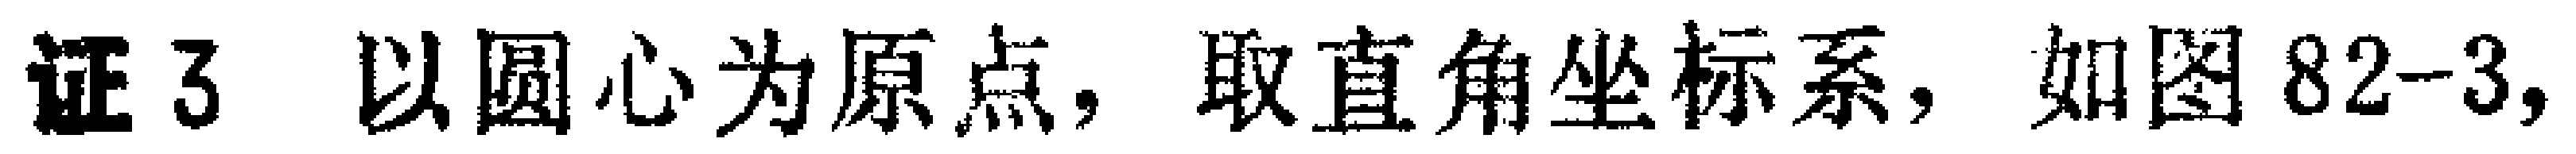
证3 以圆心为原点，取直角坐标系，如图82-3,